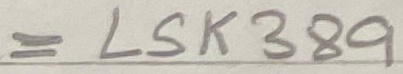
Text: = LSK389